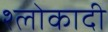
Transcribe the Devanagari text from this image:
श्लोकादी